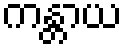
ကန္တာယ